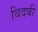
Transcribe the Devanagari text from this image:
थिदबी